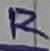
Text: R